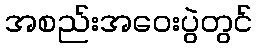
အစည်းအဝေးပွဲတွင်